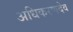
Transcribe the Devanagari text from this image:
अधिकरणदेव